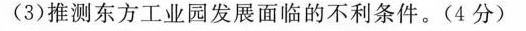
(3)推测东方工业园发展面临的不利条件。(4分)